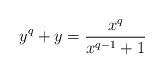
LaTeX: \begin{align*}y^q+y=\frac{x^q}{x^{q-1}+1}\end{align*}